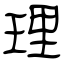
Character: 理